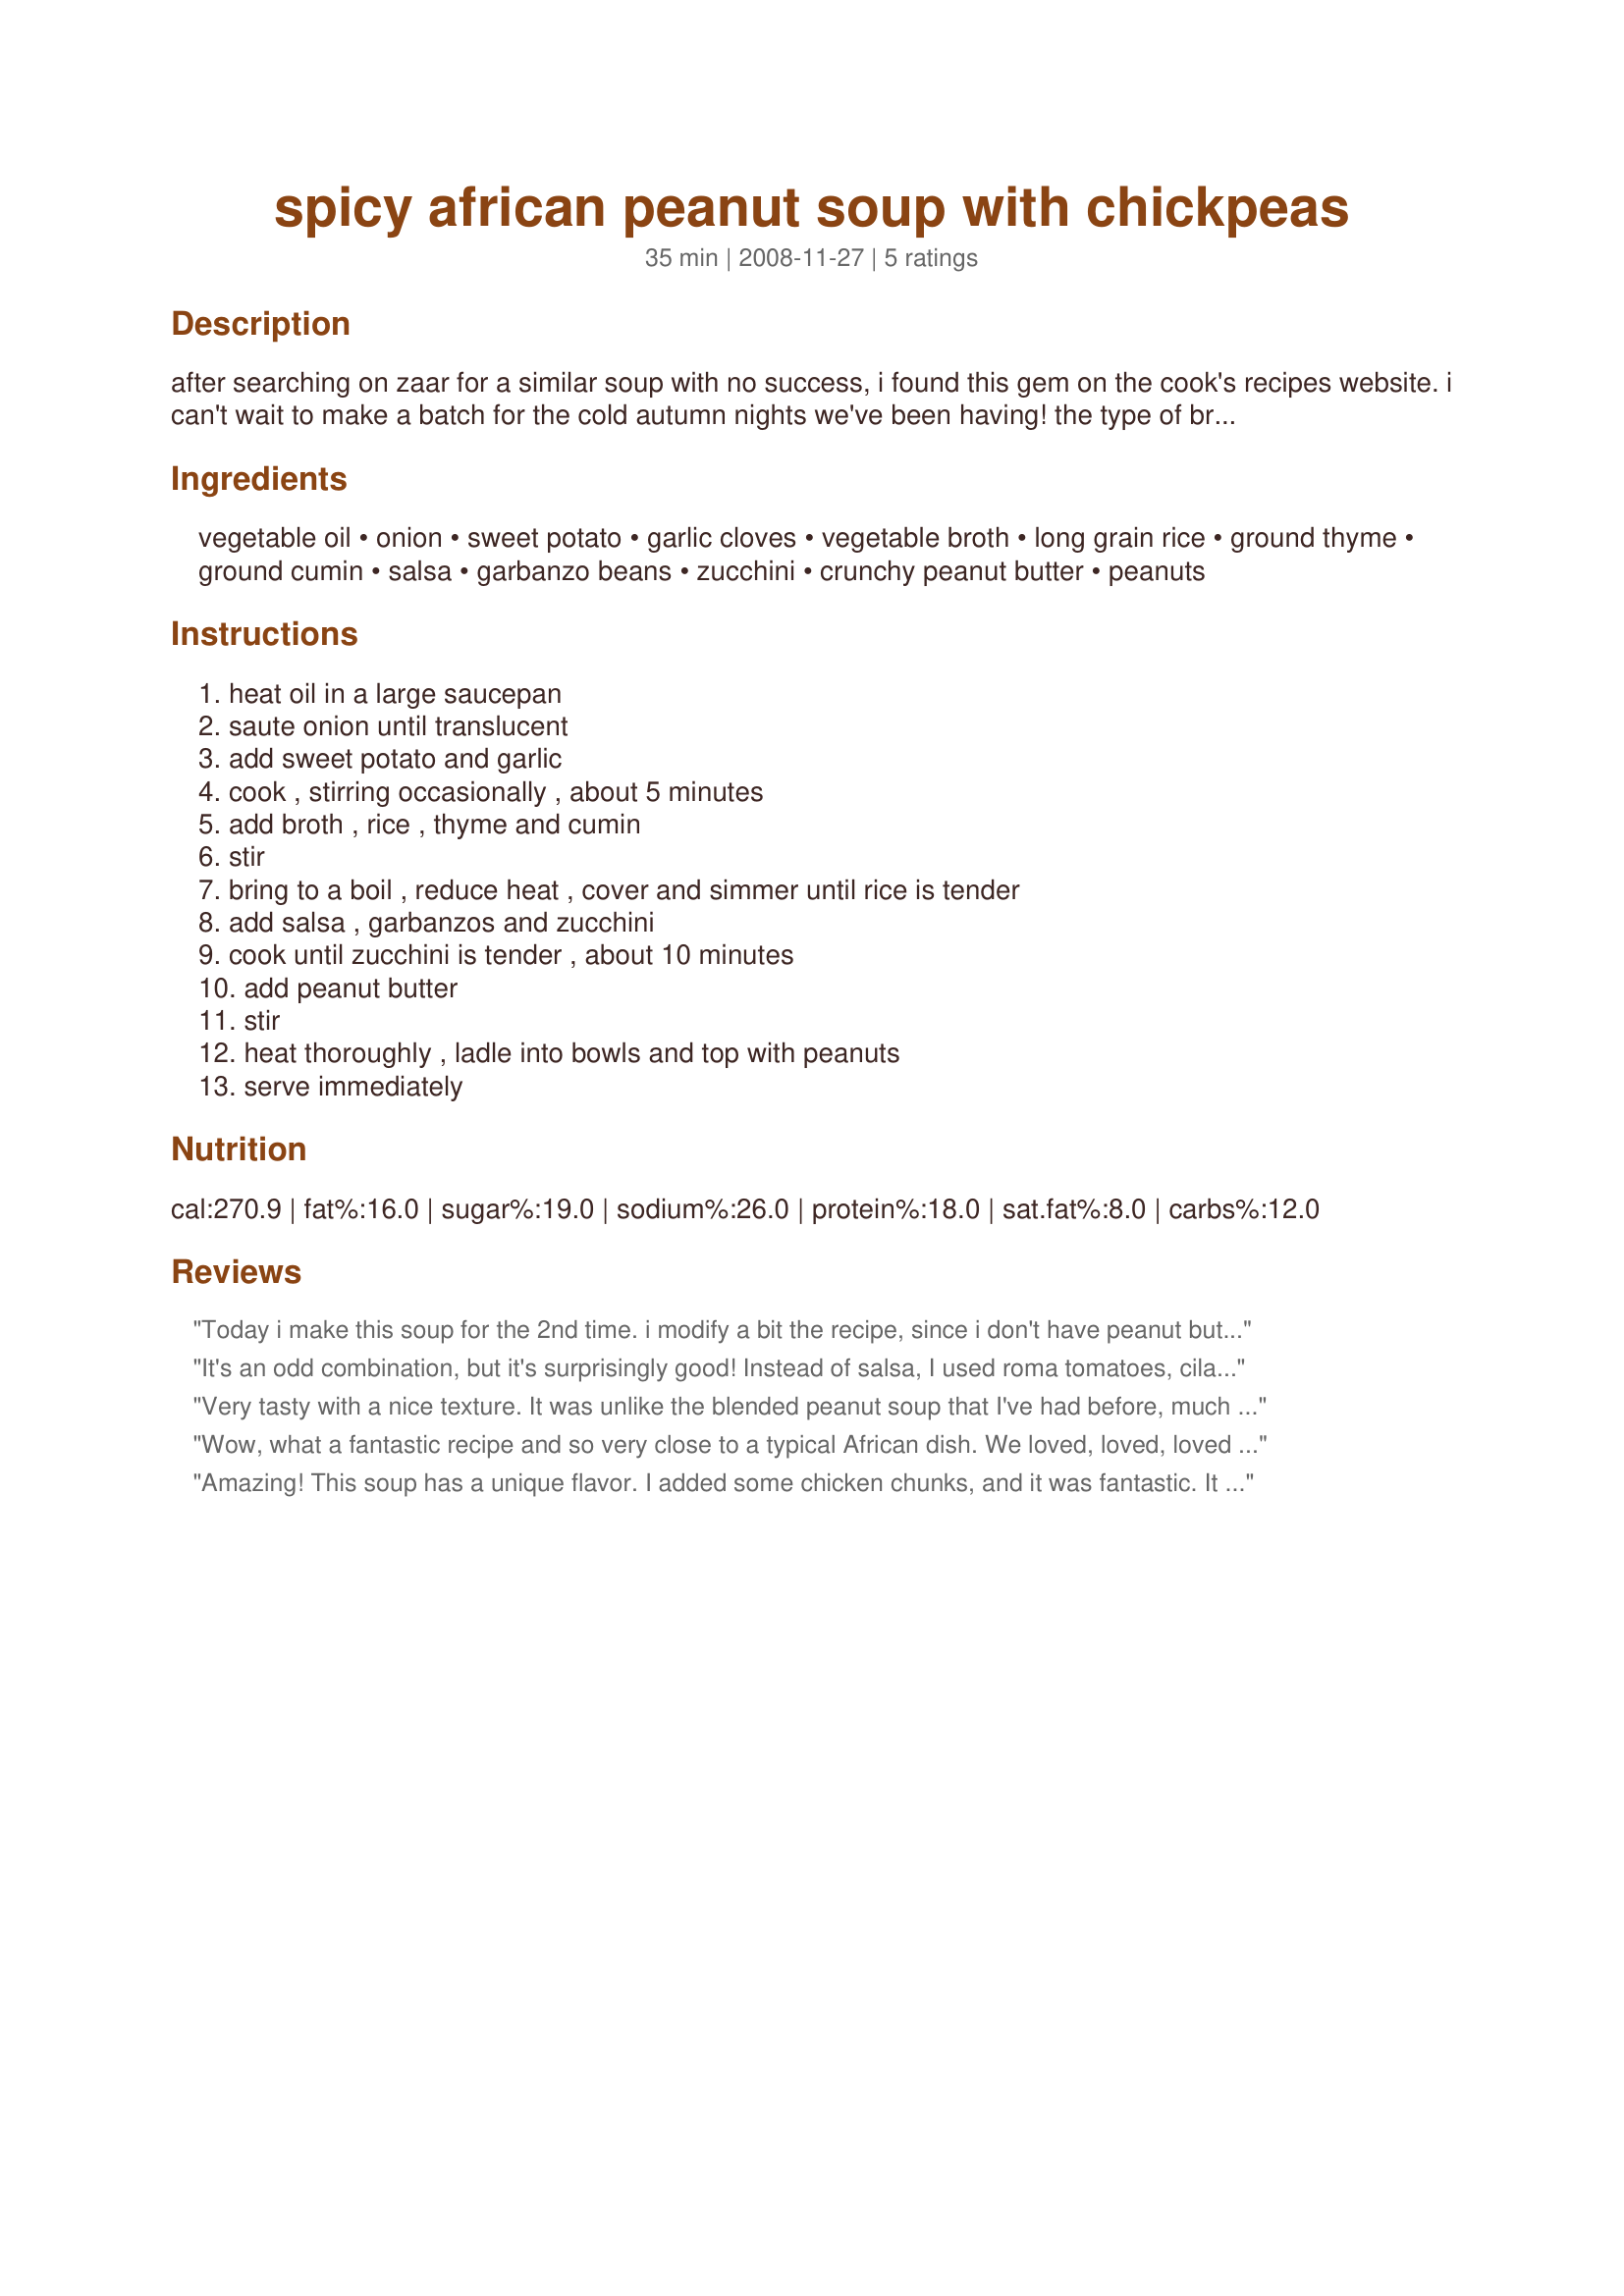
spicy african peanut soup with chickpeas
Preparation time: 35 minutes

after searching on zaar for a similar soup with no success, i found this gem on the cook's recipes website. i can't wait to make a batch for the cold autumn nights we've been having! the type of broth you use is up to you, but i'll be using veggie broth to make this soup vegetarian. you can use creamy peanut butter for a smooth texture or crunchy for a bit of extra bite. enjoy!

Ingredients:
vegetable oil, onion, sweet potato, garlic cloves, vegetable broth, long grain rice, ground thyme, ground cumin, salsa, garbanzo beans, zucchini, crunchy peanut butter, peanuts

Steps:
heat oil in a large saucepan, saute onion until translucent, add sweet potato and garlic, cook , stirring occasionally , about 5 minutes, add broth , rice , thyme and cumin, stir, bring to a boil , reduce heat , cover and simmer until rice is tender, add salsa , garbanzos and zucchini, cook until zucchini is tender , about 10 minutes, add peanut butter, stir, heat thoroughly , ladle into bowls and top with peanuts, serve immediately

Reviews:
Today i make this soup for the 2nd time. i modify a bit the recipe, since i don't have peanut butter & peanuts at home. I just use buther and it comes out fantastic. I like to add cayenne as well.

Great recipe. Thanks for sharing
It's an odd combination, but it's surprisingly good! Instead of salsa, I used roma tomatoes, cilantro, and lime. I love the cilantro in it. I used a 15-bean combination instead of chickpeas. I also added red pepper flakes.
Very tasty with a nice texture. It was unlike the blended peanut soup that I've had before, much nicer. Thanks for sharing. I used chicken broth and chunky peanut butter.
Wow, what a fantastic recipe and so very close to a typical African dish. We loved, loved, loved this. I made some minimal changes. Added an extra teaspoon of cumin because it is a flavour I really love, and used only 15 ounces of salsa, which was all I had on hand. Salsa isn't really an African ingredient, but its core ingredients are, so it would be fine to make up a salsa of tomato, onion, chillies, salt and coriander. I had worried that the end result might be too thin, but it was perfect -- almost stew-like. I will make this often. A perfect dish for a cool day. Thanks so very much for posting.
Amazing! This soup has a unique flavor. I added some chicken chunks, and it was fantastic. It sounds strange, but it is worth trying!!! Next time I will add fresh tomato, peppers and onions instead of canned salsa. If you use salsa, get good stuff!
